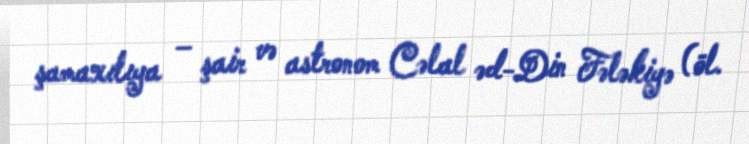
şamaxılıya – şair və astronom Cəlal əd-Din Fələkiyə (öl.